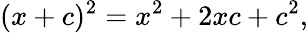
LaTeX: (x+c)^{2}=x^{2}+2xc+c^{2},